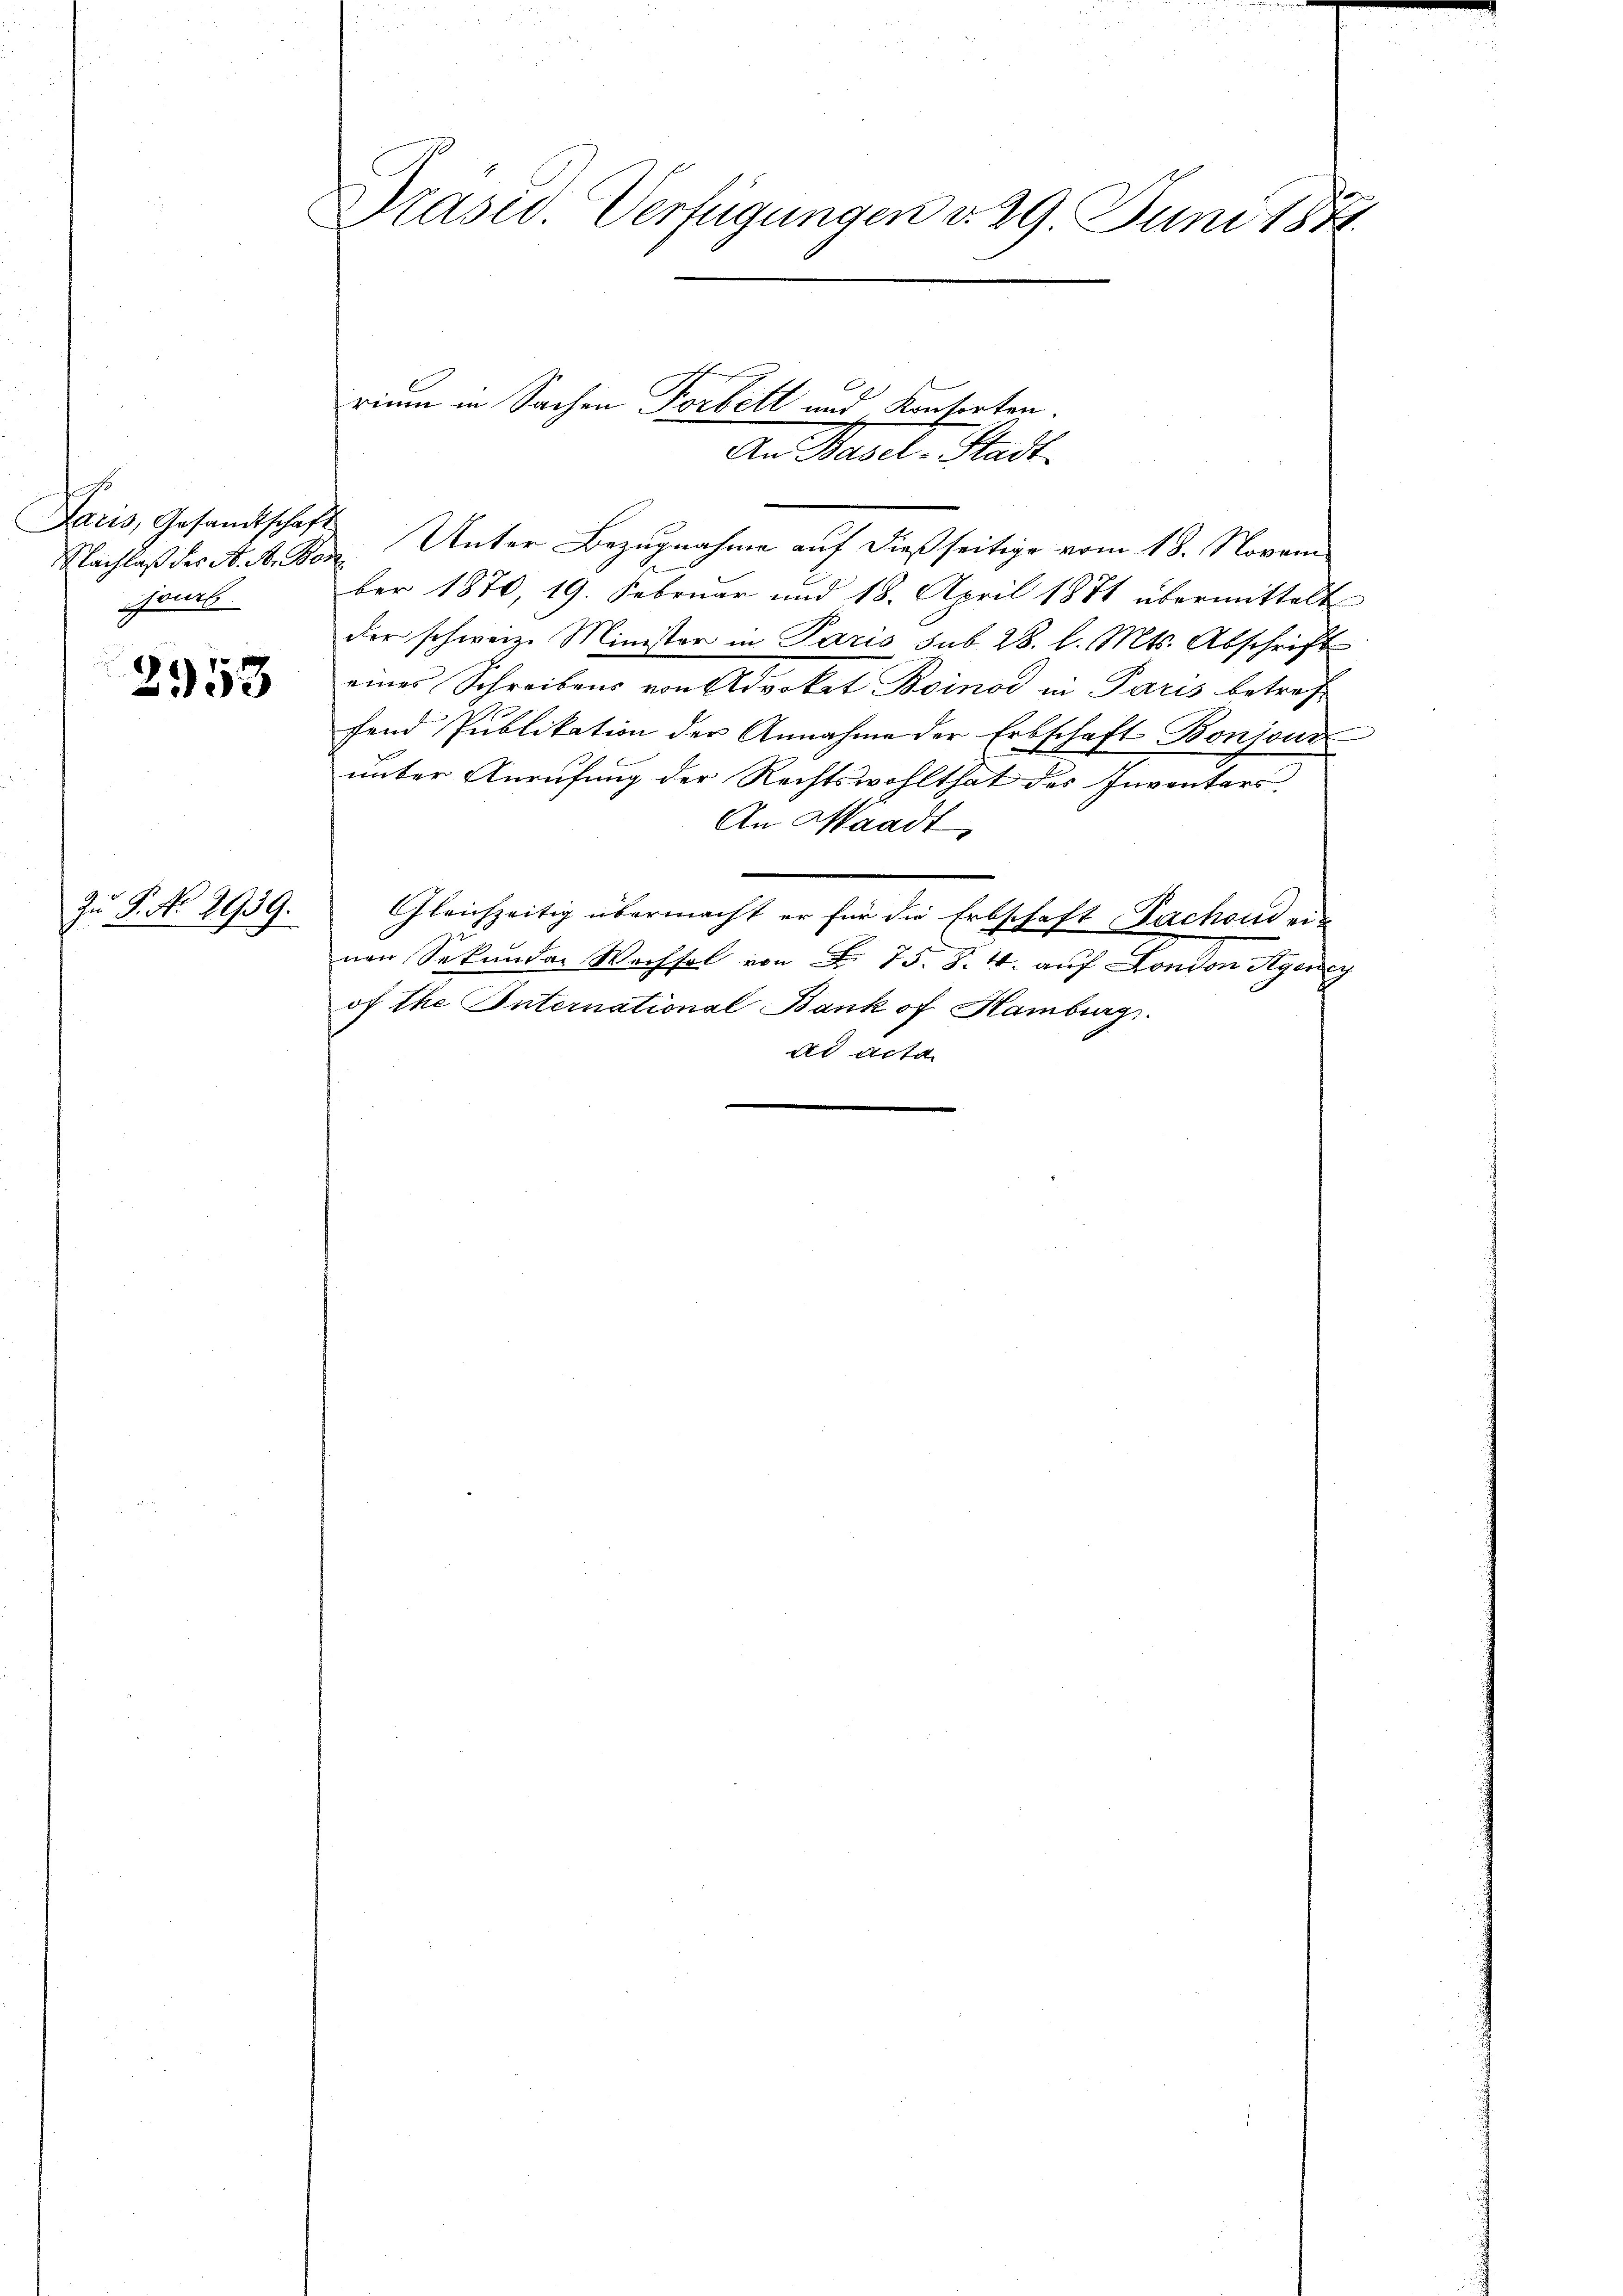
.
Daris, Gesandtschaft
jours

2958

Zu P. No 2939.

Präsid. Verfügungen d. 29. Juni 1871.

l
rium in Sachen Vorbett und Konsorten.
Den Basel-Stadt.
Nachlaß der N. N. Von Unter Bezugnahme auf dießseitige vom 18. Novem

ber 1870, 19. Februar und 18. April 1871 übermittelt
der schweiz. Minister in Paris sub 28. l. Mts. Abschrift
eines Schreibens von Advokat Boinod in Paris betreff
fend Publikation der Annahme der Erbschaft Bonjour
unter Anrufung der Rechtswohlthat des Inventars.
An Waadt,
Gleichzeitig übermacht er für die Erbschaft Sachend ein
nen Sekunder Wechsel von Fr. 75. §. 4. auf London Agen
of the International Bank of Hamburg.
ad acta